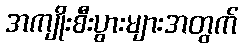
အကျိုးစီးပွားများအတွက်